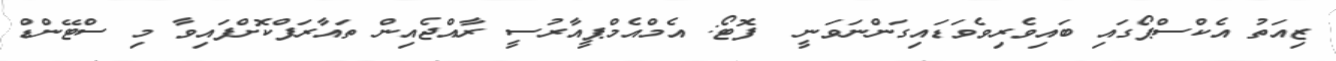
ޒިއަތު އެކްސްޕޯގައި ބައިވެރިވެވަޑައިގަންނަވަނީ  ފޮޓޯ: އެމްއެމްޕީއާރުސީ ރާއްޖެއިން ތައާރަފްކޮށްފައިވާ މި ސްޓޭންޑް